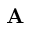
\mathbf { A }